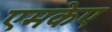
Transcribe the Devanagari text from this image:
एमकेए